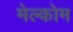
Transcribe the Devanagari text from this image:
मेल्कोम